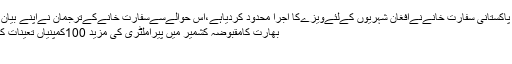
کابل میں واقع پاکستانی سفارت خانےنےافغان شہریوں کےلئےویزےکا اجرا محدود کردیاہے،اس حوالےسےسفارت خانےکےترجمان نےاپنے بیان میں کہاکہ…
بھارت کامقبوضہ کشمیر میں پیراملٹری کی مزید 100کمپنیاں تعینات کرنےکا فیصلہ
سرینگر۔